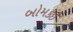
બોમકઈ